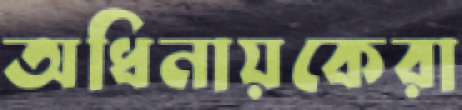
অধিনায়কেরা